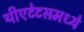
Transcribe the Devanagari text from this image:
थीएटेटसमध्ये